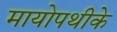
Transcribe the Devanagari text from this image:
मायोपथीके